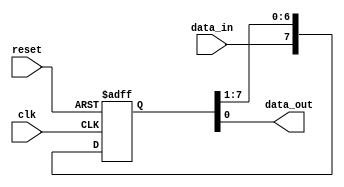
module siso_shift_register (
    input clk,
    input reset,
    input data_in,
    output reg data_out
);

reg [7:0] shift_reg;

always @ (posedge clk or posedge reset) begin
    if (reset)
        shift_reg <= 8'b0;
    else begin
        shift_reg <= {data_in, shift_reg[7:1]};
    end
end

assign data_out = shift_reg[0];

endmodule